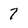
Character: 7